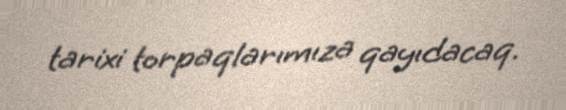
tarixi torpaqlarımıza qayıdacaq.